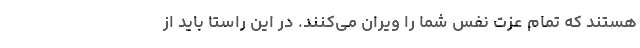
هستند که تمام عزت نفس شما را ویران می‌کنند. در این راستا باید از